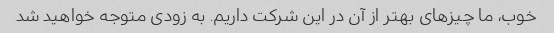
خوب، ما چیزهای بهتر از آن در این شرکت داریم. به زودی متوجه خواهید شد